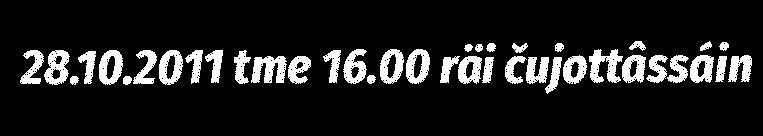
28.10.2011 tme 16.00 räi čujottâssáin